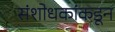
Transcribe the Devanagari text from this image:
संशोधकांकडून